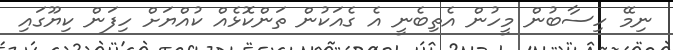
ނިމޭ ހިސާބުން މީހުން އެތިބެނީ އެ ގެއަކުން ތަންކޮޅެއް ކުއްޔަށް ހިފަން ކިޔޫގައި